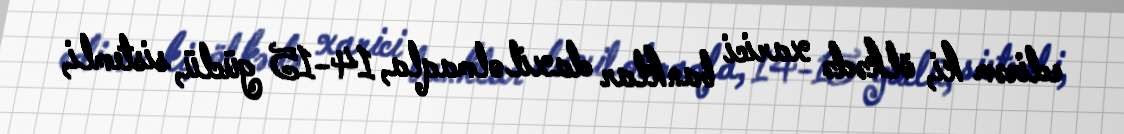
edirəm ki, ölkədə xarici banklar daxil olmaqla, 14-15 güclü, sistemli,